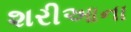
શરીઆના